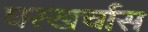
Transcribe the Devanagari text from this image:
घरखर्चास